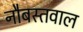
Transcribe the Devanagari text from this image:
नौबस्तवाल